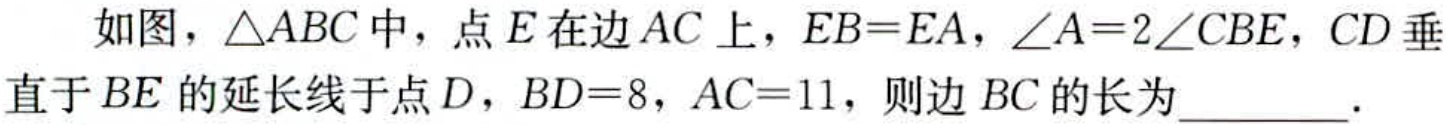
如图，\(\triangle ABC\)中，点\(E\)在边\(AC\)上，\(EB = EA\)，\(\angle A = 2\angle CBE\)，\(CD\)垂直于\(BE\)的延长线于点\(D\)，\(BD = 8\)，\(AC = 11\)，则边\(BC\)的长为_________．